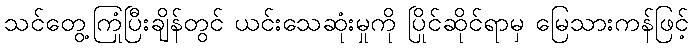
သင်တွေ့ကြုံပြီးချိန်တွင် ယင်းသေဆုံးမှုကို ပြိုင်ဆိုင်ရာမှ မြေသားကန်ဖြင့်